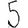
Digit: 5